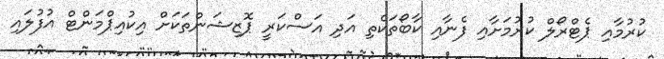
ކުރުމާއި ޕެޓްރޯލް ކުރުމަށާއި ފެނާއި ކާބޯތަކެތި އަދި އަސްކަރީ ޕޮޒިޝަންތަކަށް އިކުއިޕްމަންޓް އުފުލައި